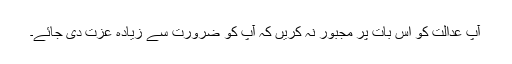
آپ عدالت کو اس بات پر مجبور نہ کریں کہ آپ کو ضرورت سے زیادہ عزت دی جائے۔